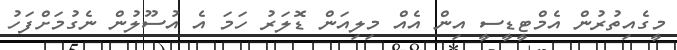
މީގެއިތުރުން އެމްޓީޑީސީ އިން އެއް މިލިއަން ޑޮލަރު ހަމަ އެ އުސޫލުން ނެގުމަށްފަހު